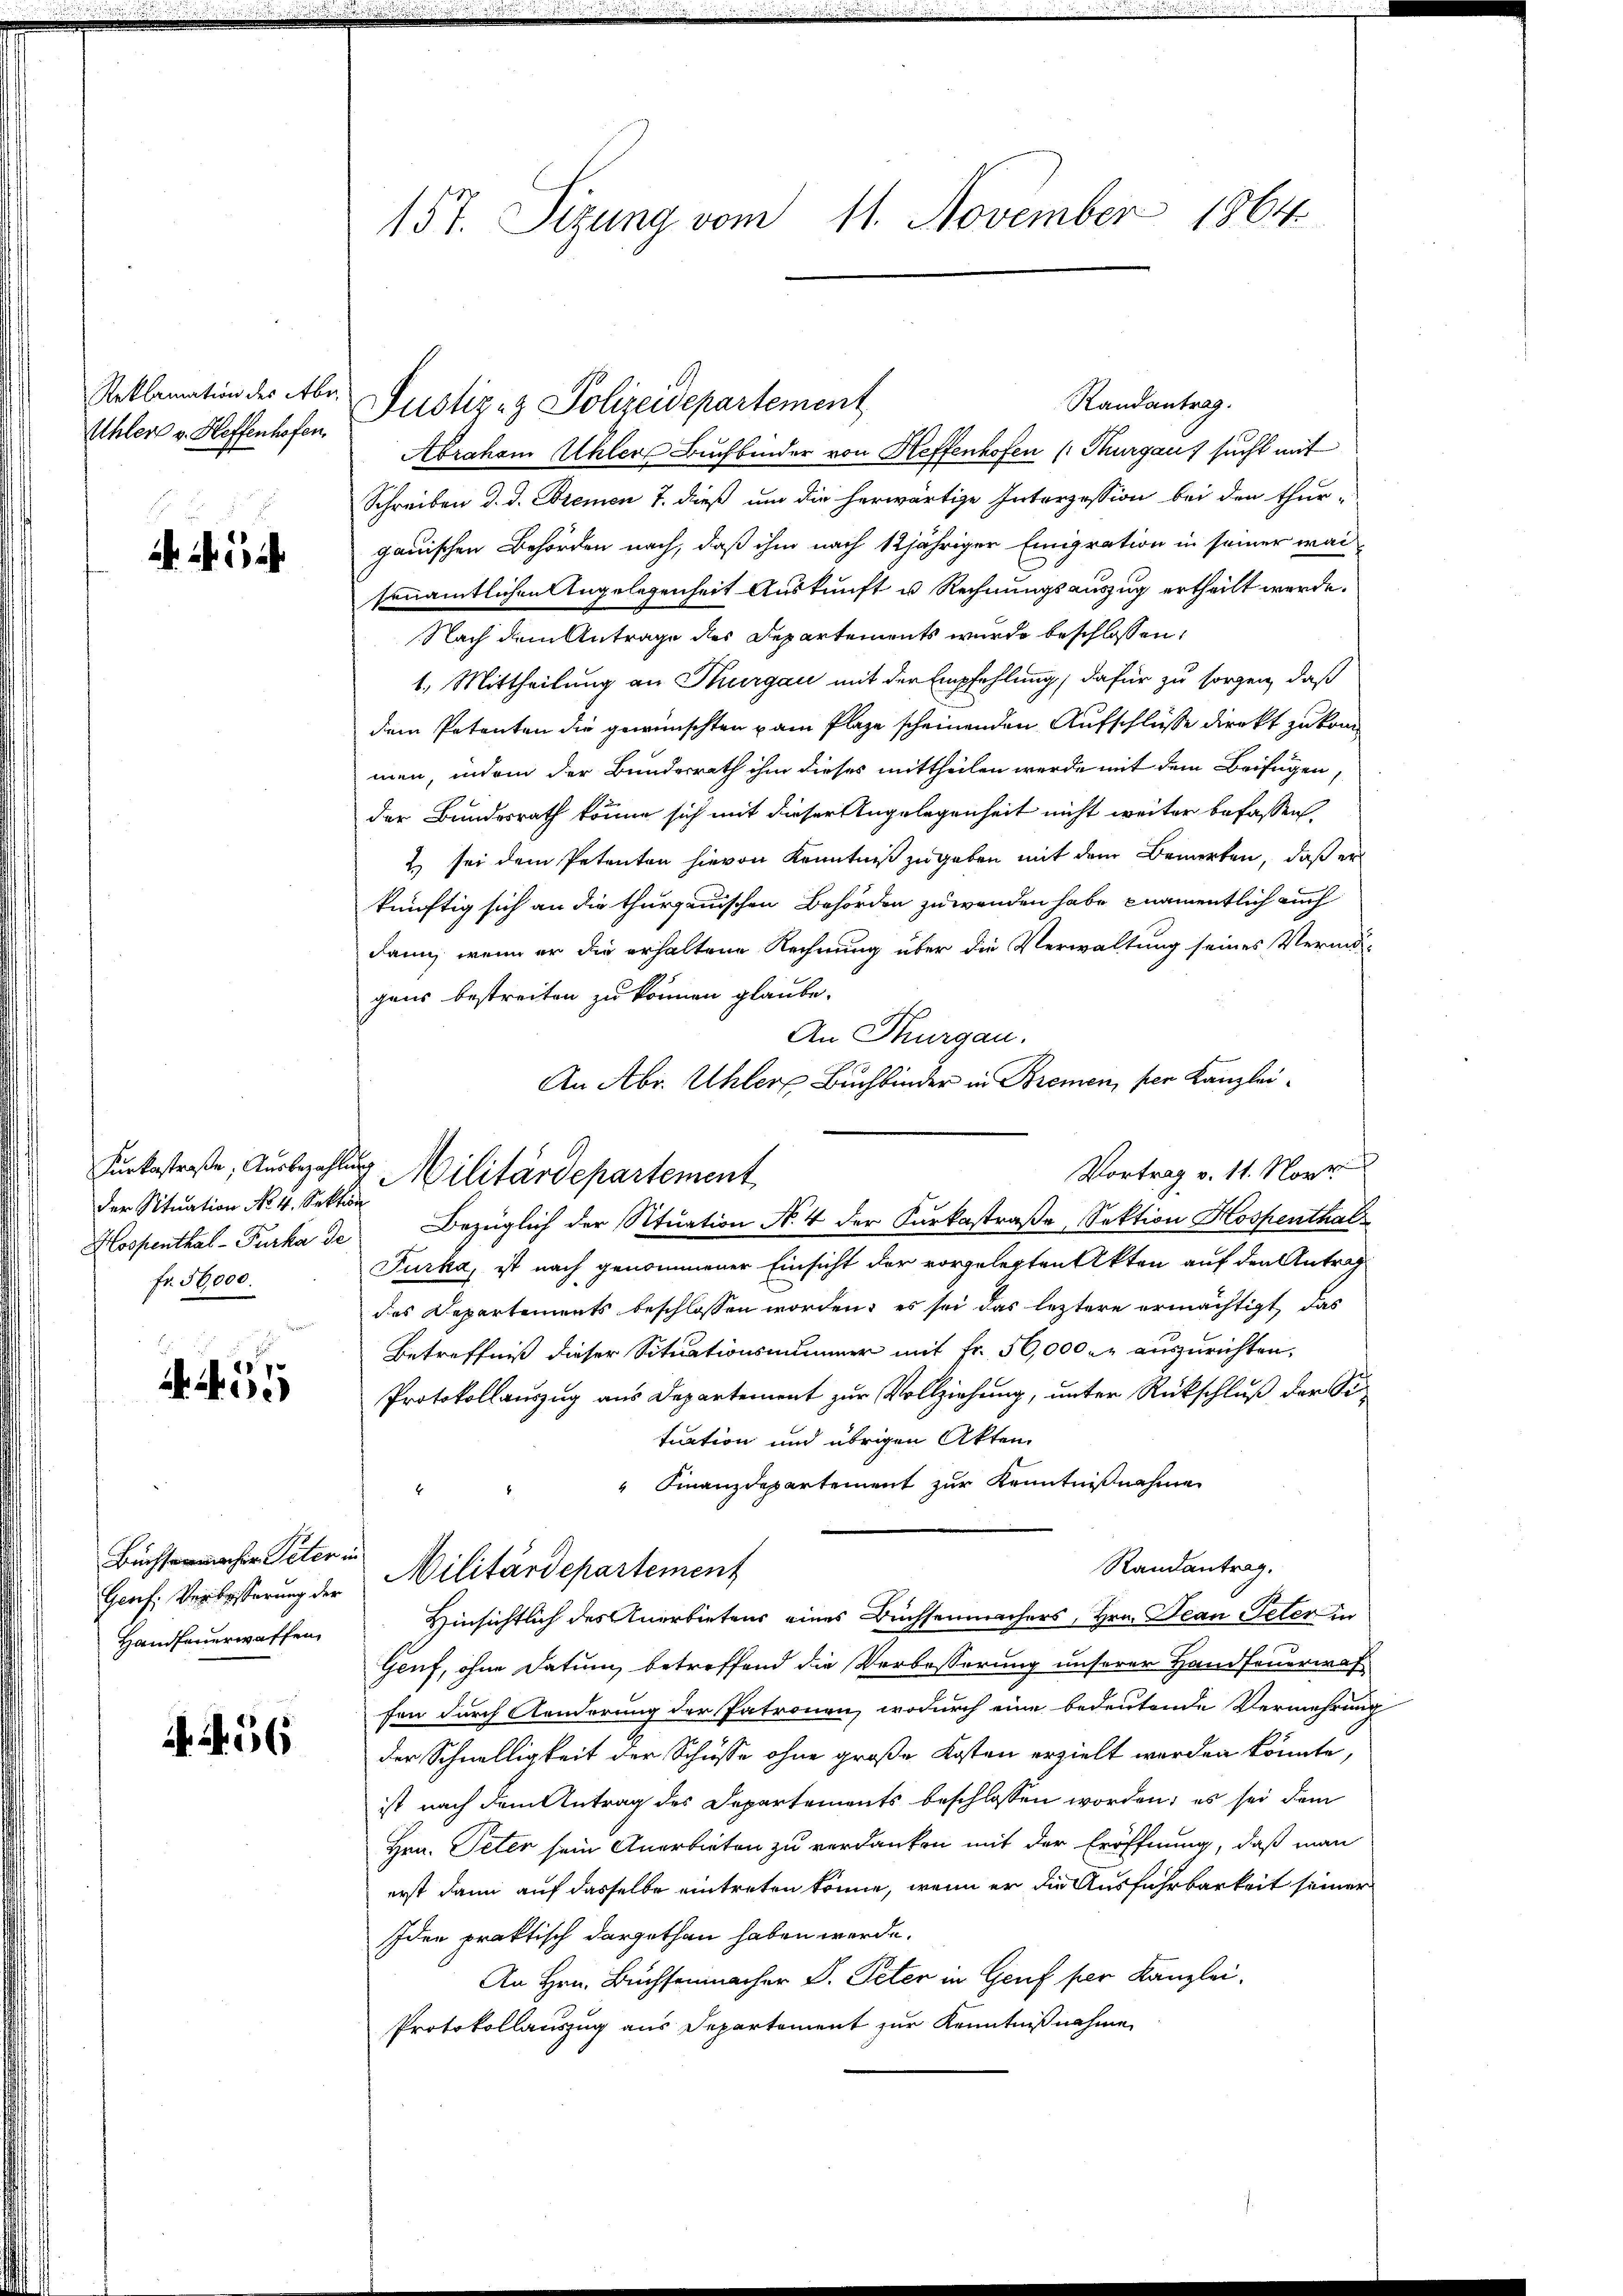
Uhler v. Heffenhofen.

.

der Situation No. 4. Sektion
fr. 56,000.
B

41. 31

Genf. Verbesserung der
Handfeuerwaffen

. S. 56

157. Sizung vom 11. November 1864.

Randantrag.
Abraham Uhler Buchbinder von Heffenhofen (Thurgau sucht mit
Schreiben d. d. Bremen 7. dieß und die herwärtige Interzession bei den thur-
gauischen Behörden nach, daß ihm nach 12jähriger Emigration in seiner waisenamtlichen Angelegenheit Auskunft u. Rechnungsauszug ertheilt werde.
Nach dem Antrage des Departements wurde beschlossen,
1. Mittheilung an Thurgau mit der Empfehlung, dafür zu sorgen, daß
dem Petenten die gewünschten kam Plaze scheinenden Aufschlüsse direkt zu kom
men, indem der Bundesrath ihm dieses mittheilen werde mit dem Beifügen,
der Bundesrath könne sich mit dieser Angelegenheit nicht weiter befassen,
2) sei dem Petenten hievon Kenntniß zugeben mit dem Bemerken, daß er
künftig sich an die thurgauischen Behörden zuwenden habe, namentlich auch
dann, wenn er die erhaltene Rechnung über die Verwaltung seines Vermö-
gens bestreiten zu können glaube.
An Thurgau.
An Abr. Uhler Buchbinder in Bremen, per Kanzlei¬
Vortrag v. 11. Nove
Hospenthal-Turka de Bezüglich der Situation N. 4 der Karkastraße, Sektion Hospenthals
Furka, ist nach genommener Einsicht der vorgelegten Akten auf den Antrag
des Departements beschlossen worden, es sei das leztere ermächtigt, das
Betreffniß dieser Situationsnummer mit Fr. 50,000 l. auszurichten,
Protokollauszug aus Departement zur Vollziehung, unter Rückschluß der Situation und übrigen Akten.
" Finanzdepartement zur Kenntnisnehme
Randantrag.
Büchsenmacher Peter Militärdepartement
Hinsichtlich des Anerbietens eines Büchsenmachers, Hrn. Jean Peter in
Gruf, ohne Datum betreffend die Verbesserung unserer Handfeuerwah
fen durch Aenderung der Patronen, wodurch eine bedeutende Vermehrung
der Schnelligkeit der Schüsse ohne große Kosten erzielt worden könnte,
ist nach dem Antrag des Departements beschlossen worden; es sei dem
Hrn. Peter sein Anerbieten zu verdanken mit der Eröffnung, daß man
erst dann auf dasselbe eintreten könne, wenn er die Ausführbarkeit seiner
Iden praktisch dargethan haben werde.
An Hrn. Buchsenmacher V. Peter in Genf per Kanzlei,
Protokollauszug aus Departement zur Kenntnißnahme

Reklamation des Aber Justiz- & Polizeidepartement

Kŭrkestraße, Ausbezahlung Militärdepartement